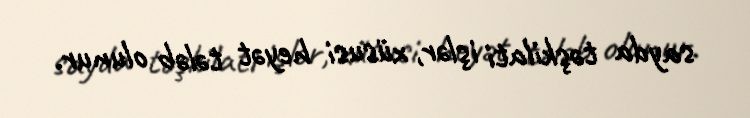
sayda təşkilati işlər, xüsusi heyət tələb olunur.